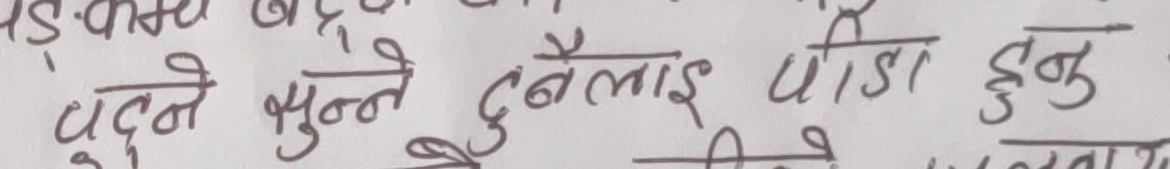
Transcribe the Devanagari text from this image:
पढ्ने सुन्ने दुबैलाई पीडा हुनु